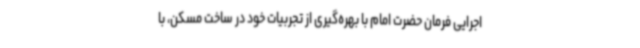
اجرایی فرمان حضرت امام با بهره‌گیری از تجربیات خود در ساخت مسکن، با